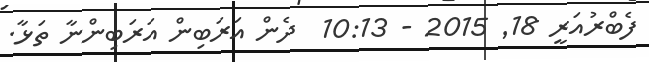
ފެބްރުއަރީ 18